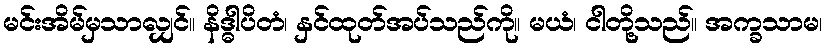
မင်းအိမ်မှသာလျှင်။ နိဒ္ဓါပိတံ၊ နှင်ထုတ်အပ်သည်ကို။ မယံ၊ ငါတို့သည်။ အက္ခသာမ၊